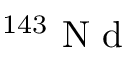
^ { 1 4 3 } \mathrm { ~ N ~ d ~ }